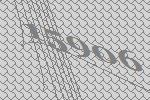
15906